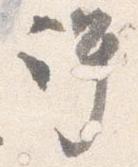
許